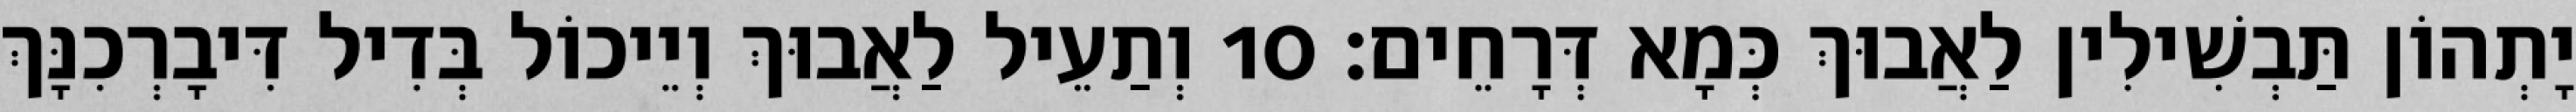
יָתְהוֹן תַּבְשִׁילִין לַאֲבוּךְ כְּמָא דְּרָחֵים׃ 10 וְתַעֵיל לַאֲבוּךְ וְיֵיכוֹל בְּדִיל דִּיבָרְכִנָּךְ